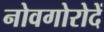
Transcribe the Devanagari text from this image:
नोवगोरोदें